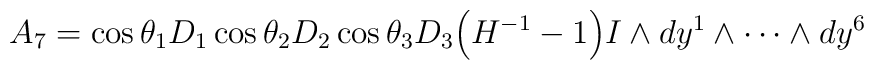
A_7 = \cos \theta_1 D_1 \cos \theta_2 D_2 \cos \theta_3 D_3\Big( H^{-1} -1 \Big) I \wedge dy^1 \wedge \cdots \wedge dy^6